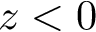
z < 0